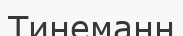
Тинеманн